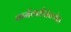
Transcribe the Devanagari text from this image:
कर्मचारीसंख्येत